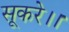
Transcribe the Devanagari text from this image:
सूकरे।।